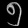
Digit: ၅